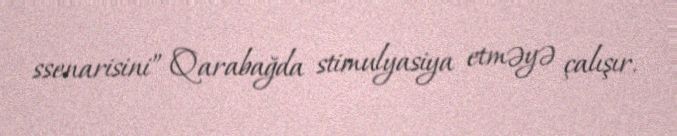
ssenarisini” Qarabağda stimulyasiya etməyə çalışır.